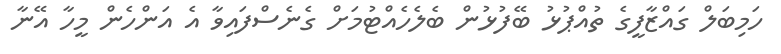
ހަމިބަލް ގައްޒާފީގެ ތުއްޕުޅު ބޭފުޅުން ބެލެހެއްޓުމަށް ގެނެސްފައިވާ އެ އަންހެން މީހާ އޭނާ